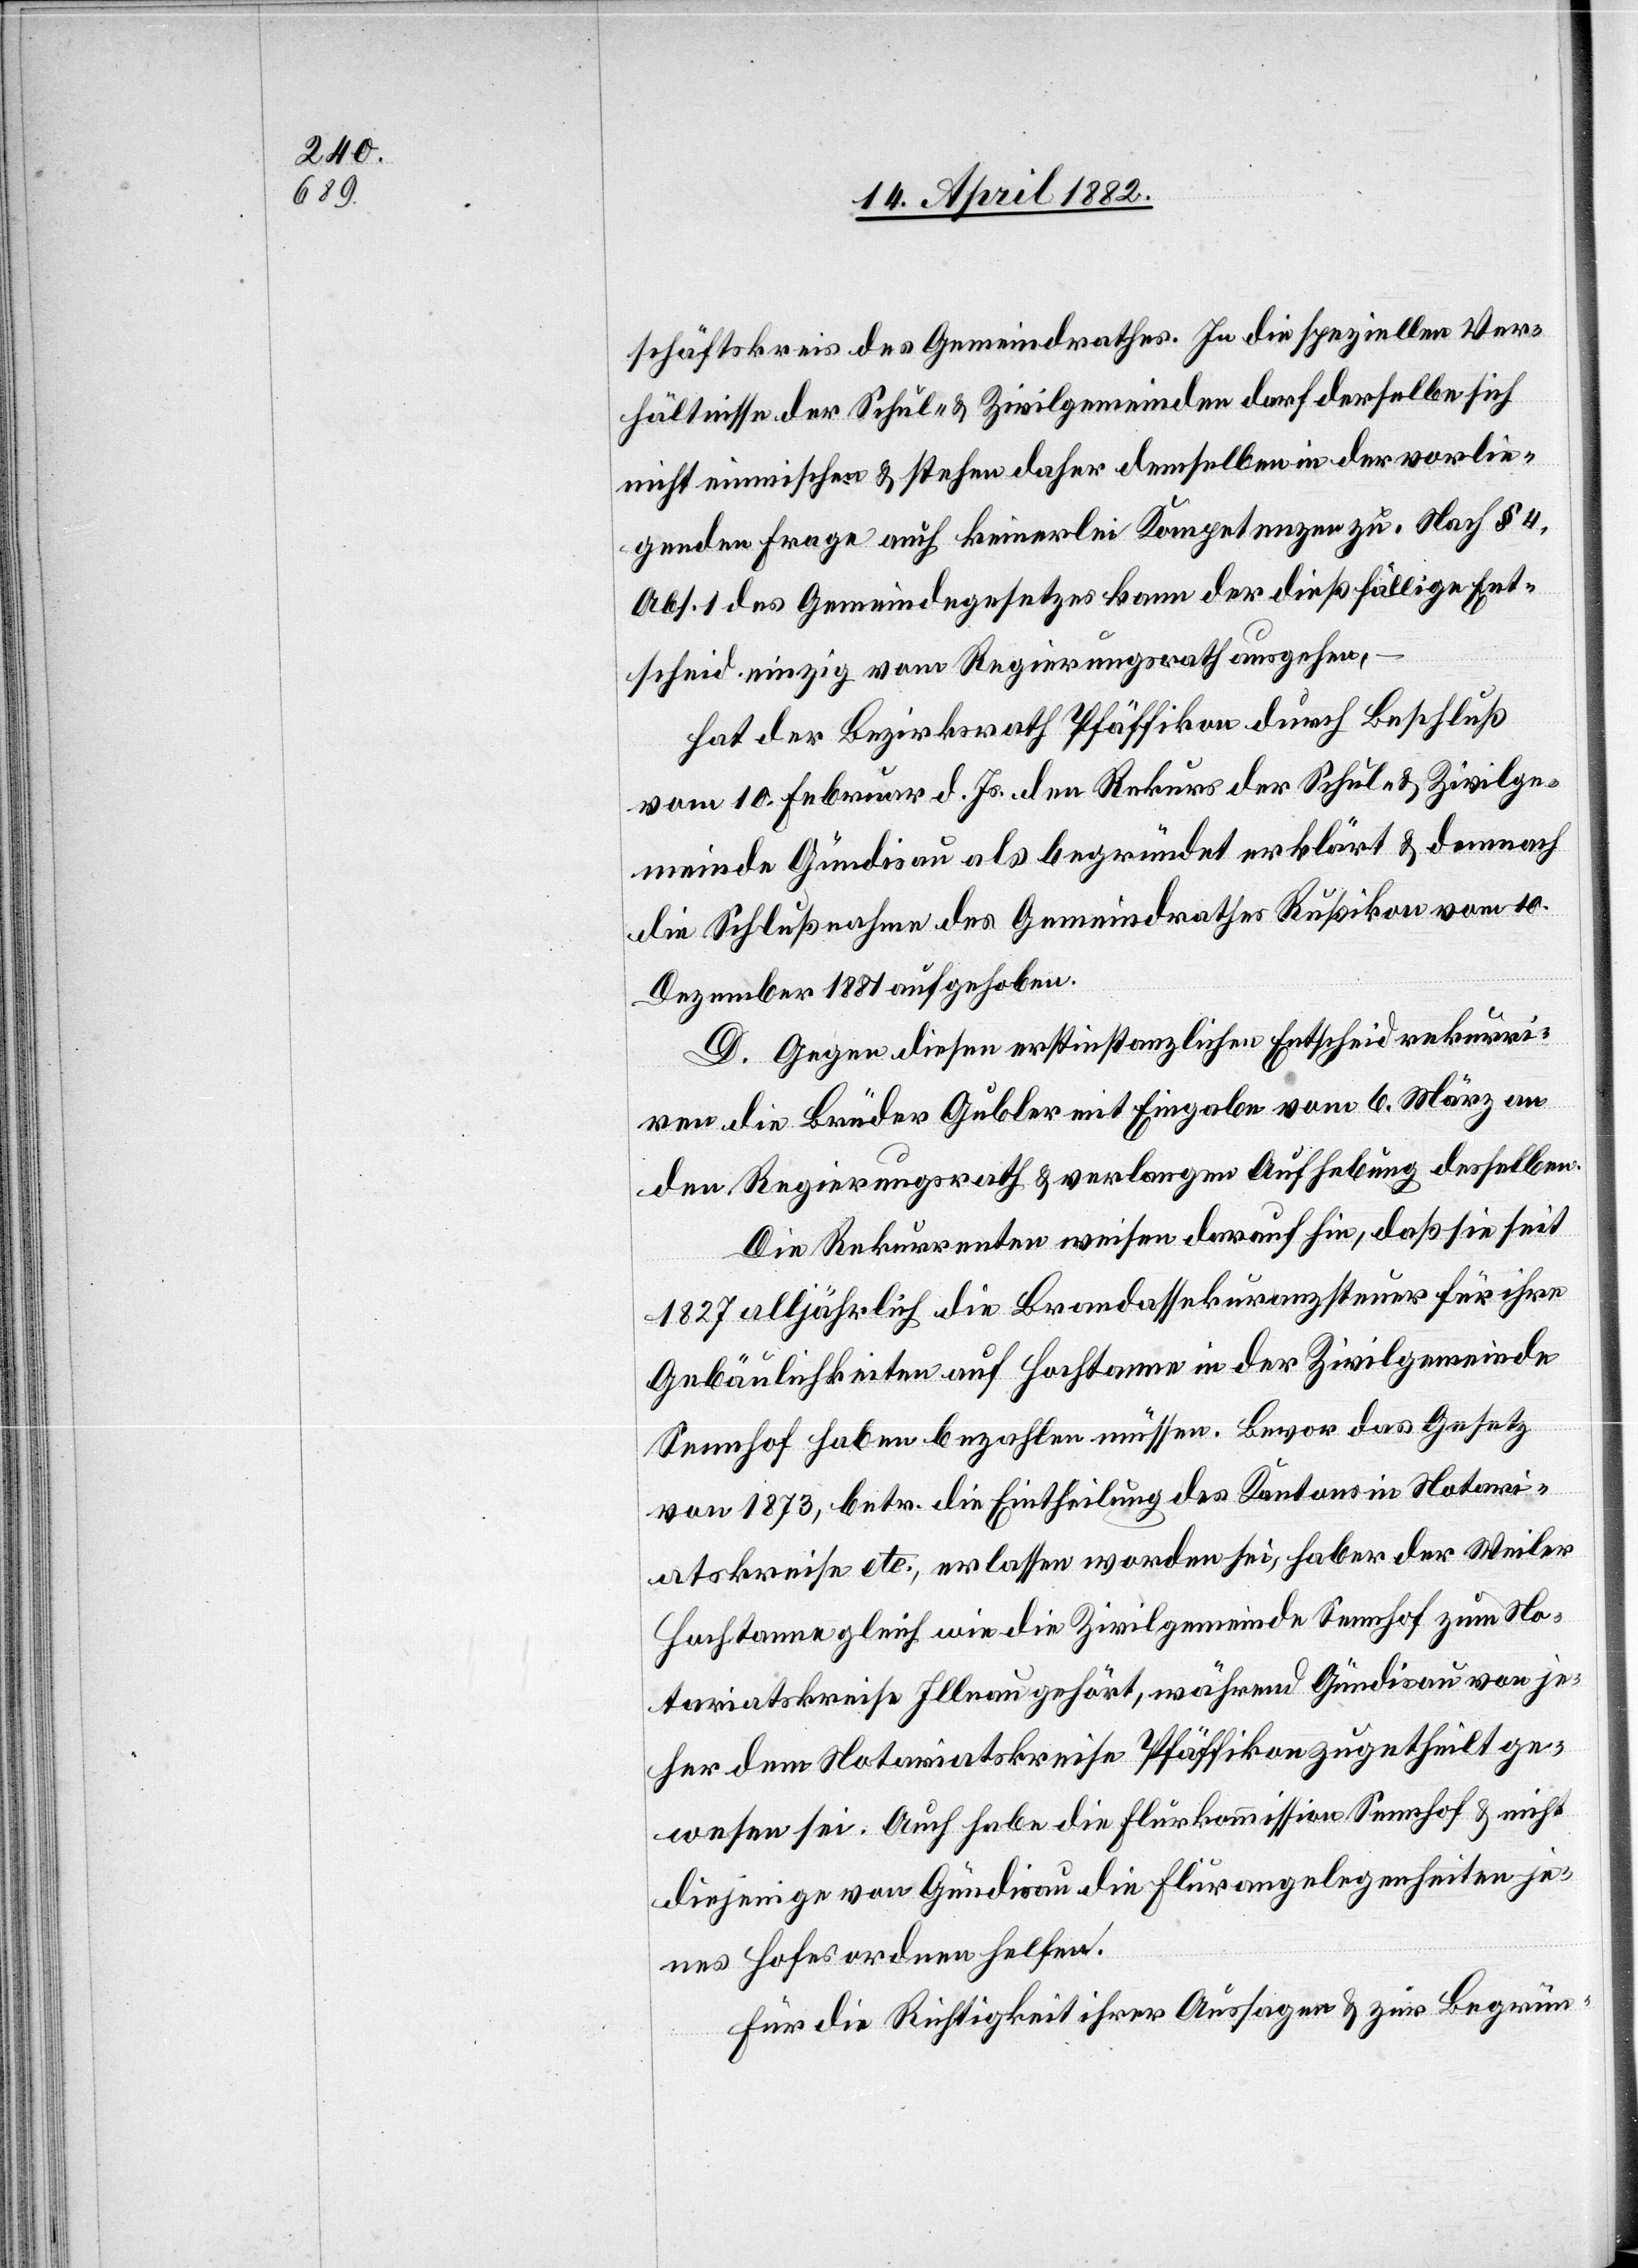
schäftskreis des Gemeindrathes. In die speziellen Ver¬
hältnisse der Schul- & Zivilgemeinden darf derselbe sich
nicht einmischen & stehen daher demselben in der vorlie¬
genden Frage auch keinerlei Kompetenzen zu. Nach § 4,
Abs. 1 des Gemeindegesetzes kann der dießfällige Ent¬
scheid einzig vom Regierungsrath ausgehen,
hat der Bezirksrath Pfäffikon durch Beschluß
vom 10. Februar d. Js. den Rekurs der Schul- & Zivilge¬
meinde Gündisau als begründet erklärt & demnach
die Schlußnahme des Gemeindrathes Rußikon vom 10.
Dezember 1881 aufgehoben.
D. Gegen diesen erstinstanzlichen Entscheid rekurri¬
ren die Brüder Gubler mit Eingabe vom 6. März an
den Regierungsrath & verlangen Aufhebung desselben.
Die Rekurrenten weisen darauf hin, daß sie seit
1827 alljährlich die Brandassekuranzsteuer für ihre
Gebäulichkeiten auf Hochtanne in der Zivilgemeinde
Sennhof haben bezahlen müssen. Bevor das Gesetz
von 1873, betr. die Eintheilung des Kantons in Notari¬
atskreise etc., erlassen worden sei, haber [sic!] der Weiler
Hochtanne gleich wie die Zivilgemeinde Sennhof zum No¬
tariatskreise Illnau gehört, während Gündisau von je¬
her dem Notariatskreise Pfäffikon zugetheilt ge¬
wesen sei. Auch habe die Flurkommission Sennhof & nicht
diejenige von Gündisau die Flurangelegenheiten je¬
nes Hofes ordnen helfen.
Für die Richtigkeit ihrer Aussagen & zur Begrün-